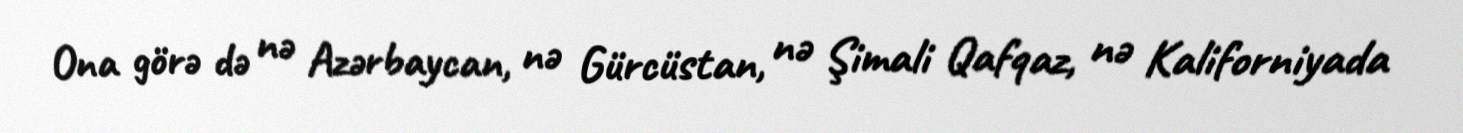
Ona görə də nə Azərbaycan, nə Gürcüstan, nə Şimali Qafqaz, nə Kaliforniyada